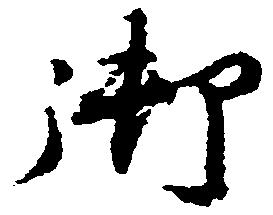
御